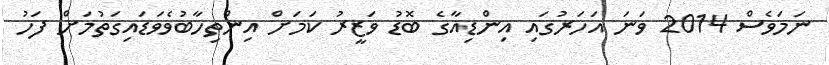
ނަމަވެސް 2014 ވަނަ އަހަރުގައި އިންޑިއާގެ ބޮޑު ވަޒީރު ކަމަށް އިންތިހާބުވެވަޑައިގަތުމަށް ފަހު